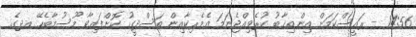
14:56 - ރައީސްކަމަށް އިންތިޚާބު ކުރެވިއްޖެނަމަ އެމެރިކާއިން ތަސްދީގު ކޮށްފައިވާ މޫސުމާބެހޭ އދގެ